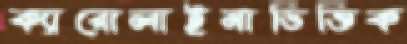
ক্যারোলাইনাভিত্তিক